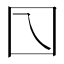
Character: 𡆡